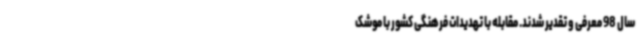
سال 98 معرفی و تقدیر شدند. مقابله با تهدیدات فرهنگی کشور با موشک